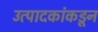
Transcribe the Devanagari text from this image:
उत्पादकांकडून